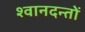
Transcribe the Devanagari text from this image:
श्वानदन्तों